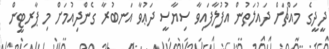
ދީދީގެ މައްޗަށް ދައުލަތުން އުފުލާފައިވާ ސިޔާސީ ދަޢުވާ އަނބުރާ ގެންދިއުމަށް މި ޕާރޓީން